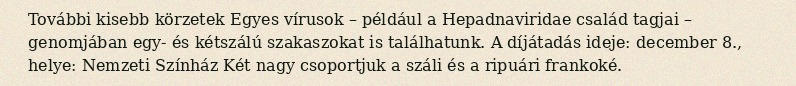
További kisebb körzetek Egyes vírusok – például a Hepadnaviridae család tagjai – genomjában egy- és kétszálú szakaszokat is találhatunk. A díjátadás ideje: december 8., helye: Nemzeti Színház Két nagy csoportjuk a száli és a ripuári frankoké.